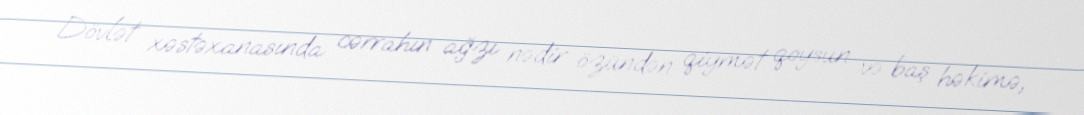
Dövlət xəstəxanasında cərrahın ağzı nədir özündən qiymət qoysun və baş həkimə,